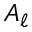
A _ { \ell }